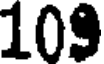
109